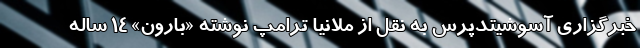
خبرگزاری آسوشیتدپرس به نقل از ملانیا ترامپ نوشته «بارون» ۱۴ ساله